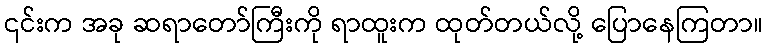
၎င်းက အခု ဆရာတော်ကြီးကို ရာထူးက ထုတ်တယ်လို့ ပြောနေကြတာ။